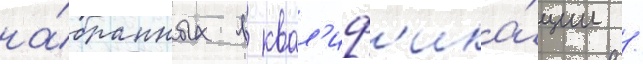
на́бранных в квал'иф'ика́ции /